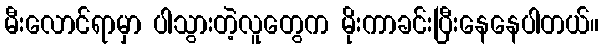
မီးလောင်ရာမှာ ပါသွားတဲ့လူတွေက မိုးကာခင်းပြီးနေနေပါတယ်။